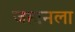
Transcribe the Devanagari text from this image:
जहानला